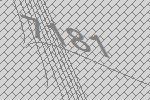
7181